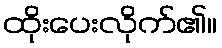
ထိုးပေးလိုက်၏။